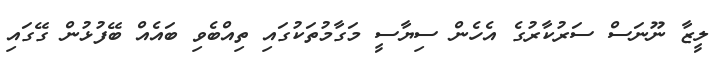
ލީޒާ ނޫނަސް ސަރުކާރުގެ އެހެން ސިޔާސީ މަގާމުތަކުގައި ތިއްބެވި ބައެއް ބޭފުޅުން ގޭގައި